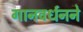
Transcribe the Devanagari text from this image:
गानवर्धनने